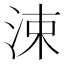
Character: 涑